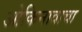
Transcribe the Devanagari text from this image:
ओकिनावाचा